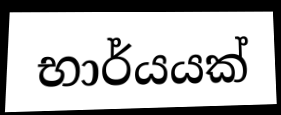
භාර්යයක්